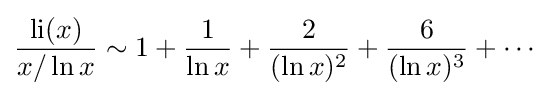
{\frac {\operatorname {li} (x)}{x/\ln x}}\sim 1+{\frac {1}{\ln x}}+{\frac {2}{(\ln x)^{2}}}+{\frac {6}{(\ln x)^{3}}}+\cdots